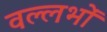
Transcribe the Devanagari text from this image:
वल्लभों